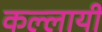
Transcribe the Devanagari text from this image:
कल्लायी